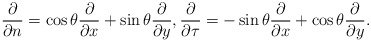
\begin{align*}\frac{\partial}{\partial n} = \cos \theta \frac{\partial}{\partial x} + \sin \theta \frac{\partial}{\partial y}, \frac{\partial}{\partial \tau} = -\sin \theta \frac{\partial}{\partial x} + \cos \theta \frac{\partial}{\partial y}.\end{align*}